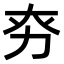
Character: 𠡊